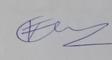
Signature authenticity: genuine